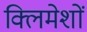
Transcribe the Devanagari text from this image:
क्लिमेशों